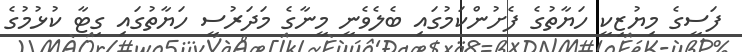
ފަސީގެ މިޔުޒިކީ ހަޔާތުގެ ފެށުންކަމުގައި ބެލެވެނީ މީނާގެ މަދަރުސީ ހަޔާތުގައި ގިޓާ ކުޅުމުގެ